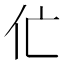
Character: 𱎝